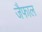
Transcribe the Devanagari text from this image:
जैफाल